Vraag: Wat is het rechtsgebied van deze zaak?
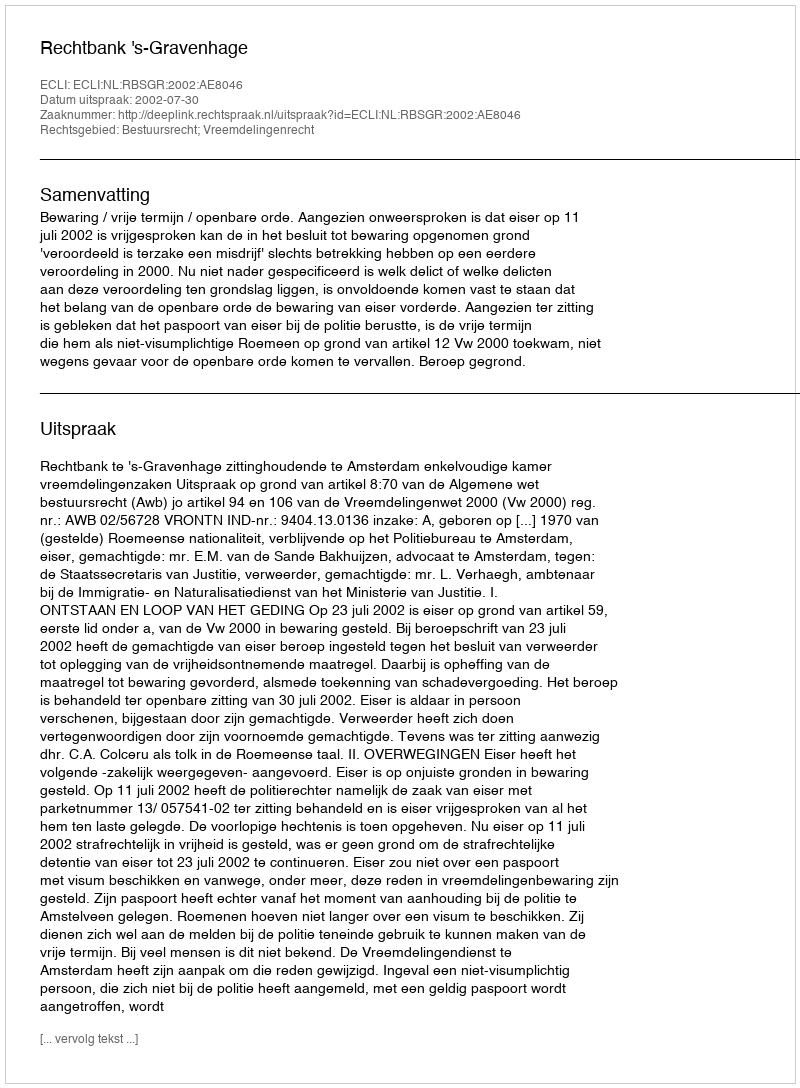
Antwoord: Bestuursrecht; Vreemdelingenrecht